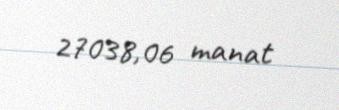
27038,06 manat